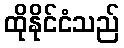
ထိုနိုင်ငံသည်